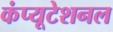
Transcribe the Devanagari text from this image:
कंप्‍यूटेशनल